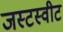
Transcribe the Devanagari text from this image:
जस्टस्वीट